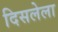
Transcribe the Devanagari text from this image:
दिसलेला